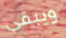
ويبقى